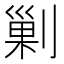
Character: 剿